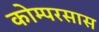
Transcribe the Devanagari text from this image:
कोम्परसास